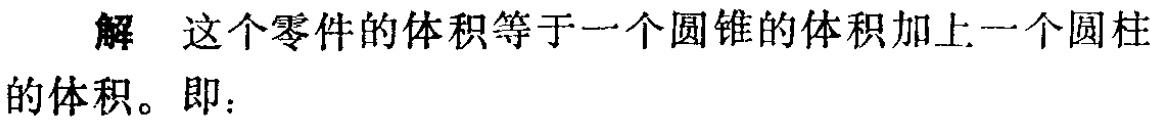
解 这个零件的体积等于一个圆锥的体积加上一个圆柱的体积。即：